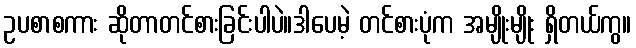
ဥပစာစကား ဆိုတာတင်စားခြင်းပါပဲ။ဒါပေမဲ့ တင်စားပုံက အမျိုးမျိုး ရှိတယ်ကွ။